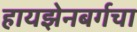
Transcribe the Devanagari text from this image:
हायझेनबर्गचा